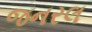
જનરલ